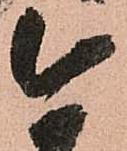
今